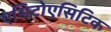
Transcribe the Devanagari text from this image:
एसिटोएसिटिक